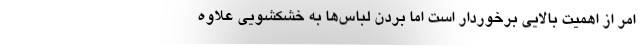
امر از اهمیت بالایی برخوردار است اما بردن لباس‌ها به خشکشویی علاوه